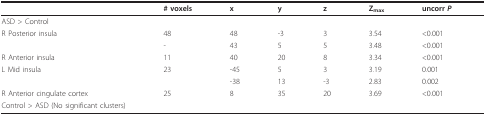
<table><thead><tr><td></td><td><b># voxels</b></td><td><b>x</b></td><td><b>y</b></td><td><b>z</b></td><td><b>Z<sub>max</sub></b></td><td><b>uncorr <i>P</i></b></td></tr></thead><tbody><tr><td>ASD &gt; Control</td><td></td><td></td><td></td><td></td><td></td><td></td></tr><tr><td>R Posterior insula</td><td>48</td><td>48</td><td>-3</td><td>3</td><td>3.54</td><td>&lt;0.001</td></tr><tr><td></td><td>-</td><td>43</td><td>5</td><td>5</td><td>3.48</td><td>&lt;0.001</td></tr><tr><td>R Anterior insula</td><td>11</td><td>40</td><td>20</td><td>8</td><td>3.34</td><td>&lt;0.001</td></tr><tr><td>L Mid insula</td><td>23</td><td>-45</td><td>5</td><td>3</td><td>3.19</td><td>0.001</td></tr><tr><td></td><td></td><td>-38</td><td>13</td><td>-3</td><td>2.83</td><td>0.002</td></tr><tr><td>R Anterior cingulate cortex</td><td>25</td><td>8</td><td>35</td><td>20</td><td>3.69</td><td>&lt;0.001</td></tr><tr><td>Control &gt; ASD (No significant clusters)</td><td></td><td></td><td></td><td></td><td></td><td></td></tr></tbody></table>